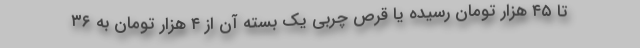
تا ۴۵ هزار تومان رسیده یا قرص چربی یک بسته آن از ۴ هزار تومان به ۳۶